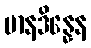
မာနဒိန္နေန